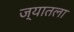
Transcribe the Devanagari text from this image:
ज्यातला